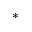
^ *